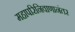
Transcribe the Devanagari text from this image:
महापरिनिवाणानंतर